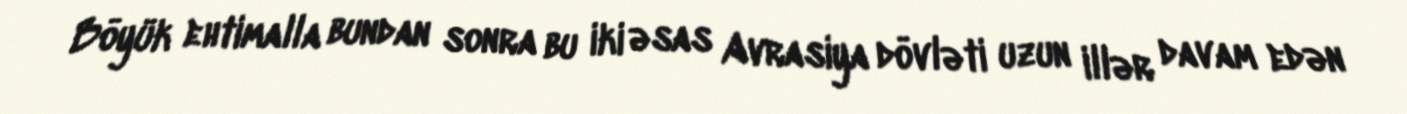
Böyük ehtimalla bundan sonra bu iki əsas Avrasiya dövləti uzun illər davam edən